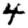
Digit: 4